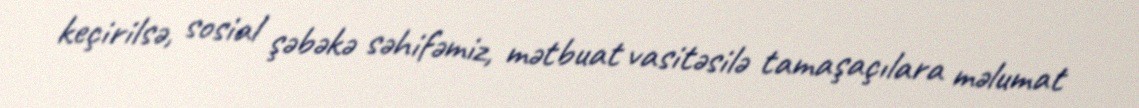
keçirilsə, sosial şəbəkə səhifəmiz, mətbuat vasitəsilə tamaşaçılara məlumat